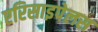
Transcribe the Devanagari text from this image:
एरिसाइपेलस